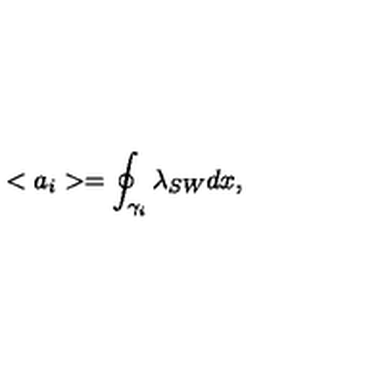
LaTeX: < a _ { i } > = \oint _ { { \cal \gamma } _ { i } } \lambda _ { S W } d x ,